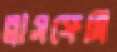
ব্লাসফেমি